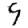
Digit: 9